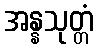
အန္နသုတ္တံ